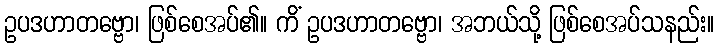
ဥပဒဟာတဗ္ဗော၊ ဖြစ်စေအပ်၏။ ကိံ ဥပဒဟာတဗ္ဗော၊ အဘယ်သို့ ဖြစ်စေအပ်သနည်း။